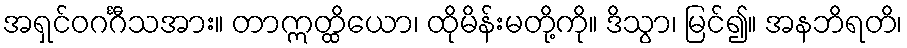
အရှင်ဝဂင်္ဂီသအား။ တာဣတ္ထိယော၊ ထိုမိန်းမတို့ကို။ ဒိသွာ၊ မြင်၍။ အနဘိရတိ၊